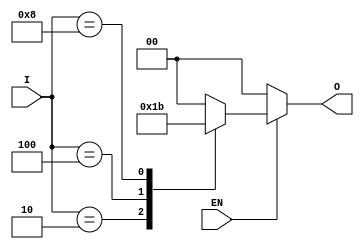
module one_of_n_encoder #(
    parameter N = 4 // Number of inputs (must be a power of 2)
) (
    input wire [N-1:0] I, // Input lines
    input wire EN,        // Enable signal
    output reg [$clog2(N)-1:0] O // Output lines
);

    always @(*) begin
        if (!EN) begin
            O = {($clog2(N)){1'b0}}; // Set output to 0 when EN is low
        end else begin
            case (I)
                4'b0001: O = 2'b00; // I[0] is high
                4'b0010: O = 2'b01; // I[1] is high
                4'b0100: O = 2'b10; // I[2] is high
                4'b1000: O = 2'b11; // I[3] is high
                default: O = {($clog2(N)){1'b0}}; // Undefined state (no input high)
            endcase
        end
    end

endmodule